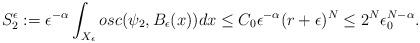
LaTeX: \begin{align*}S_2^\epsilon:=\epsilon^{-\alpha}\int_{ X_\epsilon}osc(\psi_2,B_\epsilon(x))dx\leq C_0\epsilon^{-\alpha}(r+\epsilon)^N\leq 2^N \epsilon_0^{N-\alpha}.\end{align*}